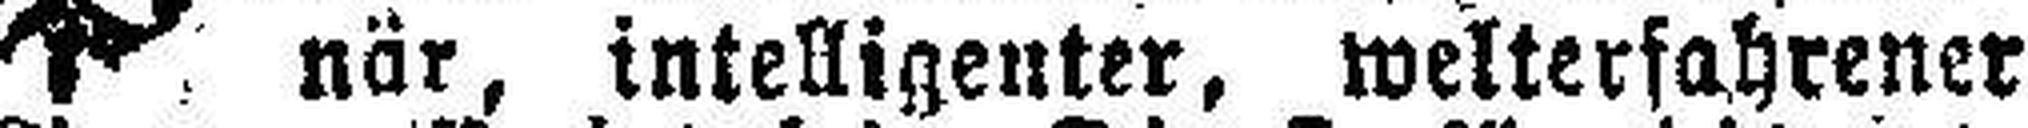
när, intelligenter, welterfahrener